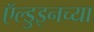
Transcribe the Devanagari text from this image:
ऍल्डुइनच्या